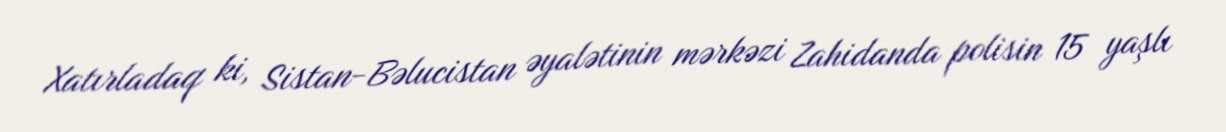
Xatırladaq ki, Sistan-Bəlucistan əyalətinin mərkəzi Zahidanda polisin 15 yaşlı